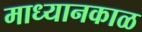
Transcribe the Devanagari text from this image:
माध्यानकाळ